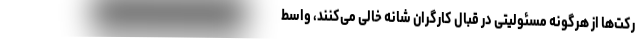
رکت‌ها از هرگونه مسئولیتی در قبال کارگران شانه خالی می‌کنند، واسط